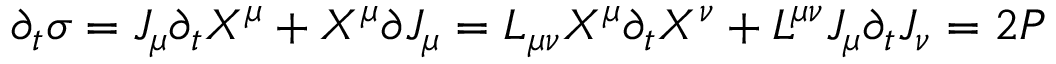
\partial _ { t } \sigma = J _ { \mu } \partial _ { t } X ^ { \mu } + X ^ { \mu } \partial J _ { \mu } = L _ { \mu \nu } X ^ { \mu } \partial _ { t } X ^ { \nu } + L ^ { \mu \nu } J _ { \mu } \partial _ { t } J _ { \nu } = 2 P